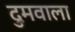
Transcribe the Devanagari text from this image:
दुमवाला